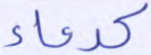
كدعاء